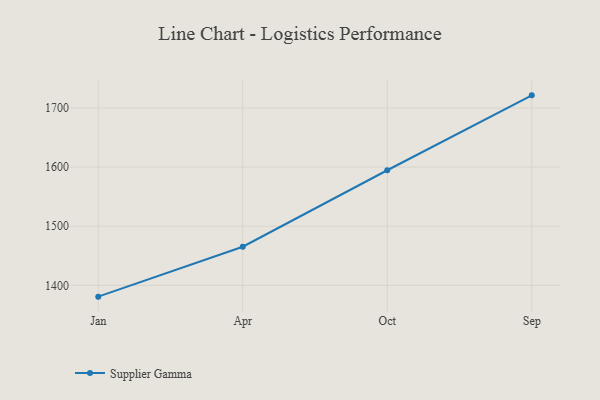
{"axis": {"x": "Month", "y": "Production Output"}, "legend": ["Supplier Gamma"], "data": [{"x": "Jan", "y": 1380.9, "type": "Supplier Gamma"}, {"x": "Apr", "y": 1465.3, "type": "Supplier Gamma"}, {"x": "Oct", "y": 1594.7, "type": "Supplier Gamma"}, {"x": "Sep", "y": 1721.4, "type": "Supplier Gamma"}]}